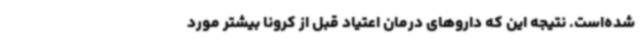
شده‌است. نتیجه این که داروهای درمان اعتیاد قبل از کرونا بیشتر مورد